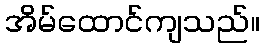
အိမ်ထောင်ကျသည်။